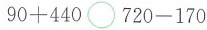
$$9 0 + 4 4 0 \circ 7 2 0 - 1 7 0$$